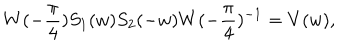
LaTeX: W ( - \frac { \pi } { 4 } ) S _ { 1 } ( w ) S _ { 2 } ( - w ) W ( - \frac { \pi } { 4 } ) ^ { - 1 } = V ( w ) ,